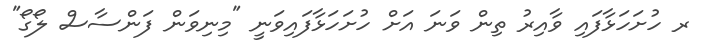
ރ ހުށަހަޅާފައި ވާއިރު ތިން ވަނަ އަށް ހުށަހަޅާފައިވަނީ "މިނިވަން ފަންސާސް ލޯގޯ"